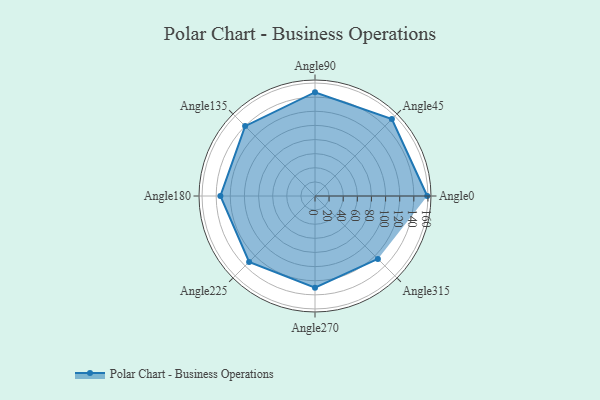
{"axis": {"x": "Angle", "y": "Radius"}, "legend": [""], "data": [{"x": "Angle0", "y": 159.0, "type": ""}, {"x": "Angle45", "y": 154.0, "type": ""}, {"x": "Angle90", "y": 147.0, "type": ""}, {"x": "Angle135", "y": 140.0, "type": ""}, {"x": "Angle180", "y": 134.0, "type": ""}, {"x": "Angle225", "y": 132.0, "type": ""}, {"x": "Angle270", "y": 130.0, "type": ""}, {"x": "Angle315", "y": 126.0, "type": ""}]}